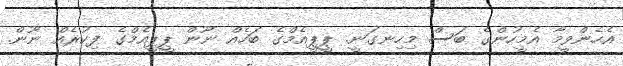
އެހެންވީމާ އެމީހުންގެ ބަސް މިހިނގަނީ. ޕީޕީއެމްގެ ބަހެއް ނޫން ޕީޕީއެމްގެ ފިކުރެއް ނޫން.